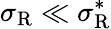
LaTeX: \sigma_{\mathrm{{R}}}\ll\sigma_{\mathrm{{R}}}^{*}